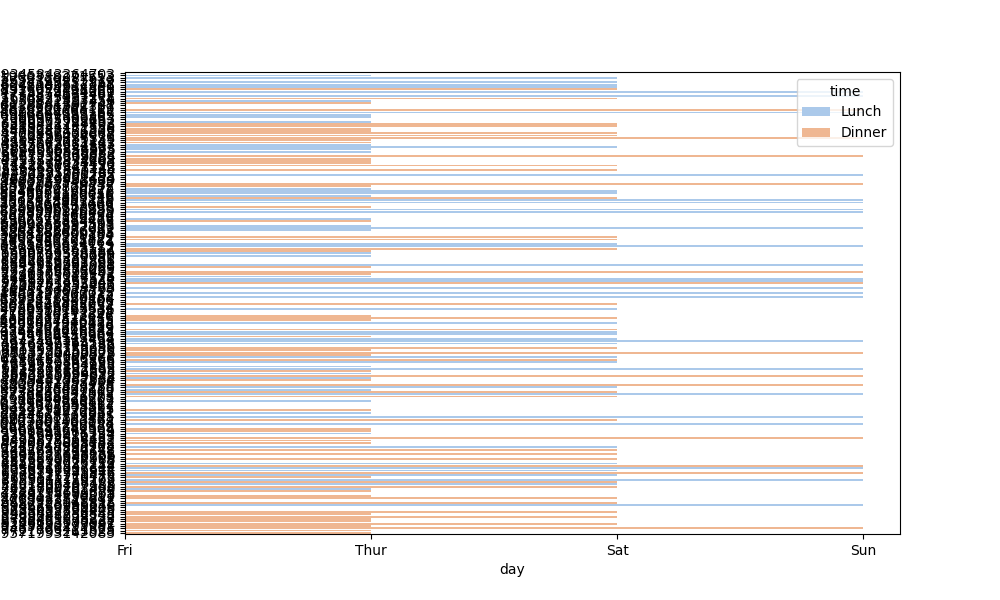
python, seaborn, barplot, hue='time', palette='pastel', ci=95, orient='h'